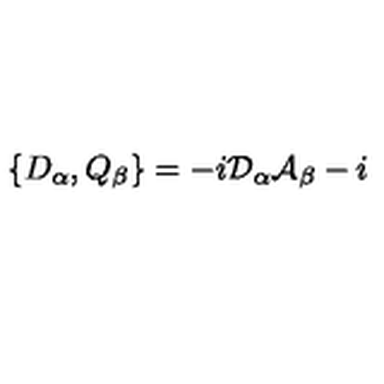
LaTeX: \{ D _ { \alpha } , Q _ { \beta } \} = - i \mathcal { D } _ { \alpha } \mathcal { A } _ { \beta } - i